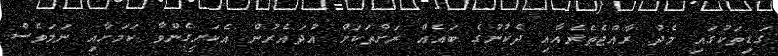
ގަޑިތަކުގައި މެދު ރާއްޖެތެރެއާއި ދެކުނުގެ ބައެއް ރަށްތަކަށް އުދައެެރުން އެކަށީގެންވާ ކަމަށާއި ނަމަވެސް